Report on sanitation, dispensaries, and jails in Rajputana for 1911, and on vaccination for the year 1911-1912 - 1911-1912
Year: 1911
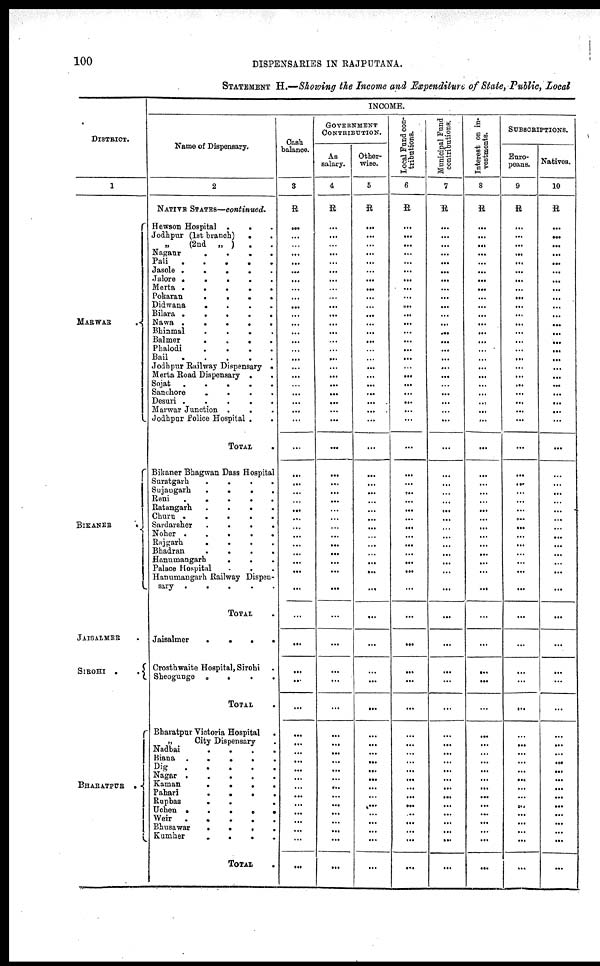
100
DISPENSARIES IN RAJPUTANA.
STATEMENT H.—Showing the Income and Expenditure of State, Public, Local
DISTRICT.
1
MARWAR .
BIKANER
JAISALMER .
SIROHI .
.
BHARATPUR .
INCOME.
Name of Dispensary.
2
NATIVE STATES—continued.
Hewson Hospital .
. .
Jodhpur (1st branch)
. .
„ (2nd
„ )
. .
Nagaur
.
.
.
.
Pali
.
.
.
.
.
Jasole .
.
.
.
.
Jalore .
.
.
.
.
Merta .
.
.
.
.
Pokaran
.
.
.
.
Didwana
.
.
.
.
Bilara .
.
.
.
.
Nawa .
.
.
.
.
Bhinmal
.
.
.
.
Balmer
.
.
.
.
Phalodi
.
.
.
.
Bail
.
.
.
.
.
Jodhpur Railway Dispensary .
Merta Road Dispensary . .
Sojat
.
.
.
.
.
Sanchore
.
.
.
.
Desuri .
.
.
.
.
Marwar Junction .
. .
Jodhpur Police Hospital . .
TOTAL .
Bikaner Bhagwan Dass Hospital
Suratgarh
.
.
.
.
Sujaugarh
.
.
.
.
Reni
.
.
.
.
.
Ratangarh
.
.
.
.
Churu .
.
.
.
.
Sardarsher
.
.
.
.
Noher .
.
.
.
.
Rajgarh
.
.
.
.
Bhadran
.
.
.
.
Hanumangarh
.
. .
Palace Hospital . . .
Hanumangarh Railway Dispen-
sary .
.
.
.
.
TOTAL .
Jaisalmer
.
.
.
.
Crosthwaite Hospital, Sirohi .
Sheogunge .
. . .
TOTAL .
Bharatpur Victoria Hospital
.
„
City Dispensary .
Nadbai
.
.
.
.
Biana .
.
.
.
.
Dig
.
.
.
.
.
Nagar .
.
.
.
.
Kaman
.
.
.
.
Pahari
.
.
.
.
Rupbas
.
.
.
Uchen .
.
.
. .
.
Weir
.
.
.
.
.
Bhusawar
.
.
. .
Kumher
.
.
.
.
TOTAL .
Cash
balance.
3
R
...
...
...
...
...
...
...
...
...
...
...
...
...
...
...
...
...
...
...
...
...
...
...
...
...
...
...
...
...
...
...
...
...
...
...
...
...
...
...
...
...
...
...
...
...
...
...
...
...
...
...
...
...
...
...
...
GOVERNMENT
CONTRIBUTION.
As
salary.
4
R
...
...
...
...
...
...
...
...
...
...
...
...
...
...
...
...
...
...
...
...
...
...
...
...
...
...
...
...
...
...
...
...
...
...
...
...
...
...
...
...
...
...
...
...
...
...
...
...
...
...
...
...
...
...
...
...
Other-
wise.
5
R
...
...
...
...
...
...
...
...
...
...
...
...
...
...
...
...
...
...
...
...
...
...
...
...
...
...
...
...
...
...
...
...
...
...
...
...
...
...
...
...
...
...
...
...
...
...
...
...
...
...
...
...
...
...
...
...
Local Fund con-
tributions.
6
R
...
...
...
...
...
...
...
...
...
...
...
...
...
...
...
...
...
...
...
...
...
...
...
...
...
...
...
...
...
...
...
...
...
...
...
...
...
...
...
...
...
...
...
...
...
...
...
...
...
...
...
...
...
...
...
...
Municipal Fund
contributions.
7
R
...
...
...
...
...
...
...
...
...
...
...
...
...
...
...
...
...
...
...
...
...
...
...
...
...
...
...
...
...
...
...
...
...
...
...
...
...
...
...
...
...
...
...
...
...
...
...
...
...
...
...
...
...
...
...
...
Interest on in-
vestments.
8
R
...
...
...
...
...
...
...
...
...
...
...
...
...
...
...
...
...
...
...
...
...
...
...
...
...
...
...
...
...
...
...
...
...
...
...
...
...
...
...
...
...
...
...
...
...
...
...
...
...
...
...
...
...
...
...
...
SUBSCRIPTIONS.
Euro-
peans.
9
R
...
...
...
...
...
...
...
...
...
...
...
...
...
...
...
...
...
...
...
...
...
...
...
...
...
...
...
...
...
...
...
...
...
...
...
...
...
...
...
...
...
...
...
...
...
...
...
...
...
...
...
...
...
...
...
...
Natives.
10
R
...
...
...
...
...
...
...
...
...
...
...
...
...
...
...
...
...
...
...
...
...
...
...
...
...
...
...
...
...
...
...
...
...
...
...
...
...
...
...
...
...
...
...
...
...
...
...
...
...
...
...
...
...
...
...
...